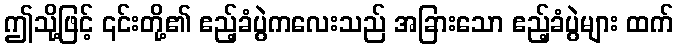
ဤသို့ဖြင့် ၎င်းတို့၏ ဧည့်ခံပွဲကလေးသည် အခြားသော ဧည့်ခံပွဲများ ထက်